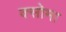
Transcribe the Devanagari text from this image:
क्सोमा